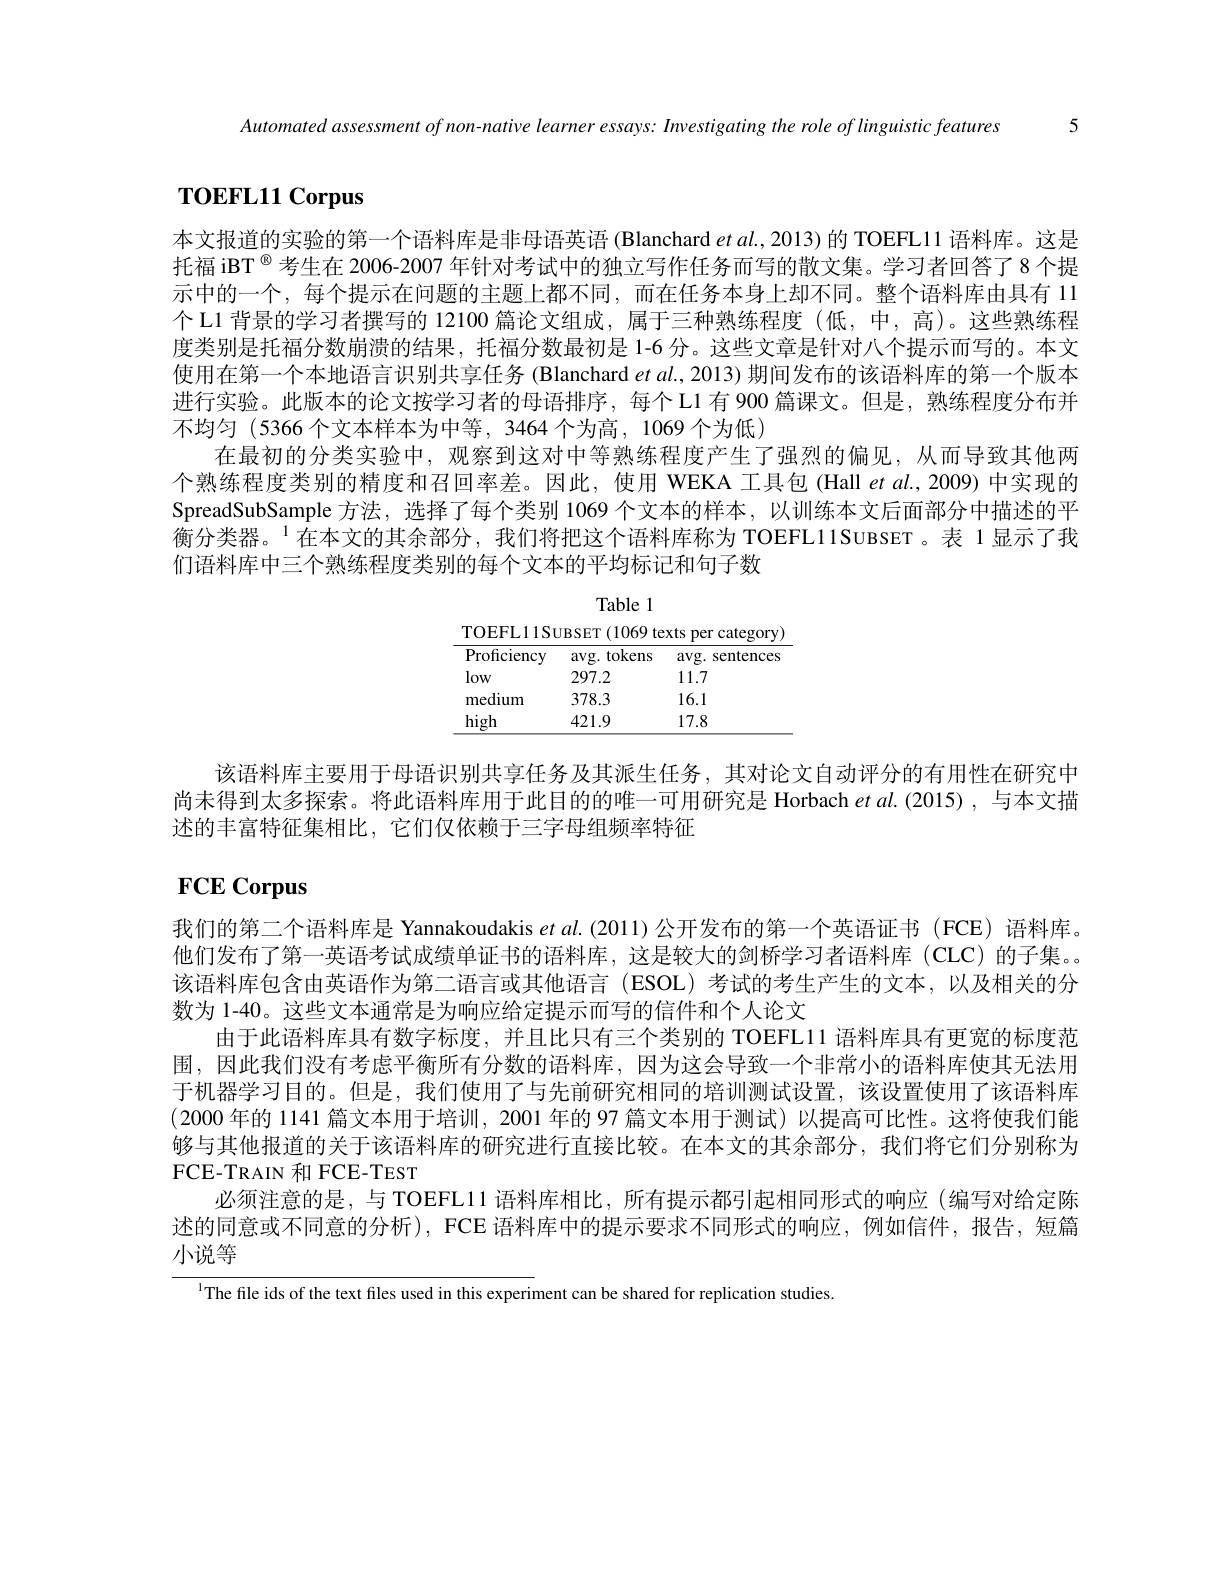
Automated assessment of non-native learner essays: Investigating the role of linguistic features 5

$\textbf{т о Е FL11 Corpus}$

本文报道的实验的第一个语料库是非母语英语 (Blanchard et al., 2013) 的 TOEFL11 语料库。这是托福 iBT $^{\textcircled{\mathrm{w}}}$考生在 2006-2007 年针对考试中的独立写作任务而写的散文集。学习者回答了8个提示中的一个，每个提示在问题的主题上都不同，而在任务本身上却不同。整个语料库由具有 11个 L1 背景的学习者撰写的 12100 篇论文组成，属于三种熟练程度 (低，中，高)。这些熟练程度类别是托福分数崩溃的结果，托福分数最初是 1-6 分。这些文章是针对八个提示而写的。本文使用在第一个本地语言识别共享任务 (Blanchard et al., 2013) 期间发布的该语料库的第一个版本进行实验。此版本的论文按学习者的母语排序，每个L1 有 900 篇课文。但是，熟练程度分布并不均匀(5366个文本样本为中等，3464 个为高，1069个为低)
在最初的分类实验中，观察到这对中等熟练程度产生了强烈的偏见，从而导致其他两个熟练程度类别的精度和召回率差。因此，使用 WEKA 工具包 (Hall et al.,2009) 中实现的SpreadSubSample 方法，选择了每个类别 1069 个文本的样本，以训练本文后面部分中描述的平衡分类器。“在本文的其余部分，我们将把这个语料库称为 TOEFL11SUBSET。表 1显示了我们语料库中三个熟练程度类别的每个文本的平均标记和句子数

Table l
$\underline{{\mathrm{TOEFL11SUBSET}(1069~texts~per~category)}}$

<table>
	<tbody>
		<tr>
			<th>Proficiency</th>
			<th>$\arg.$tokens</th>
			<th>$lVg.S$ sentences</th>
		</tr>
		<tr>
			<td>low</td>
			<td>297.2</td>
			<td>1.7</td>
		</tr>
		<tr>
			<td>medium</td>
			<td>378.3</td>
			<td>6.1</td>
		</tr>
		<tr>
			<td>high</td>
			<td>421.9</td>
			<td>7.8</td>
		</tr>
	</tbody>
</table>

该语料库主要用于母语识别共享任务及其派生任务，其对论文自动评分的有用性在研究中尚未得到太多探索。将此语料库用于此目的的唯一可用研究是 Horbach et al.(2015), 与本文描述的丰富特征集相比，它们仅依赖于三字母组频率特征

# FCE Corpus

我们的第二个语料库是 Yannakoudakis $et\textit{al. ( 2011) 公 开 发 布 的 第 一 个 英 语 证 书 ( FCE) 语 料 库 。}$ 他们发布了第一英语考试成绩单证书的语料库，这是较大的剑桥学习者语料库(CLC)的子集。该语料库包含由英语作为第二语言或其他语言(ESOL)考试的考生产生的文本，以及相关的分数为 1-40。这些文本通常是为响应给定提示而写的信件和个人论文
由于此语料库具有数字标度，并且比只有三个类别的 TOEFL11 语料库具有更宽的标度范围，因此我们没有考虑平衡所有分数的语料库，因为这会导致一个非常小的语料库使其无法用于机器学习目的。但是，我们使用了与先前研究相同的培训测试设置，该设置使用了该语料库(2000 年的 1141 篇文本用于培训，2001 年的 97 篇文本用于测试)以提高可比性。这将使我们能够与其他报道的关于该语料库的研究进行直接比较。在本文的其余部分，我们将它们分别称为FCE-TRAIN 和 FCE-TEST
必须注意的是，与 TOEFL11 语料库相比，所有提示都引起相同形式的响应 (编写对给定陈述的同意或不同意的分析), FCE 语料库中的提示要求不同形式的响应，例如信件，报告，短篇小说等

$^{1}$The file ids of the text files used in this experiment can be shared for replication studies